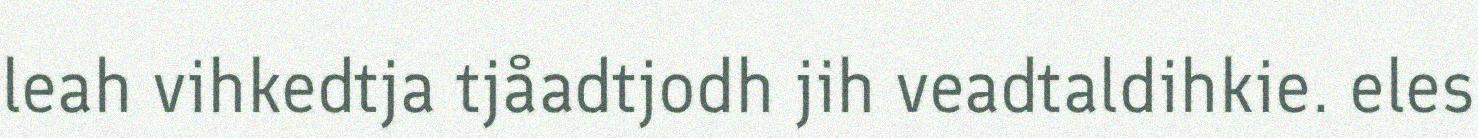
leah vihkedtja tjåadtjodh jih veadtaldihkie. eles